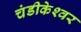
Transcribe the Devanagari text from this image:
चंडीकेश्‍वर